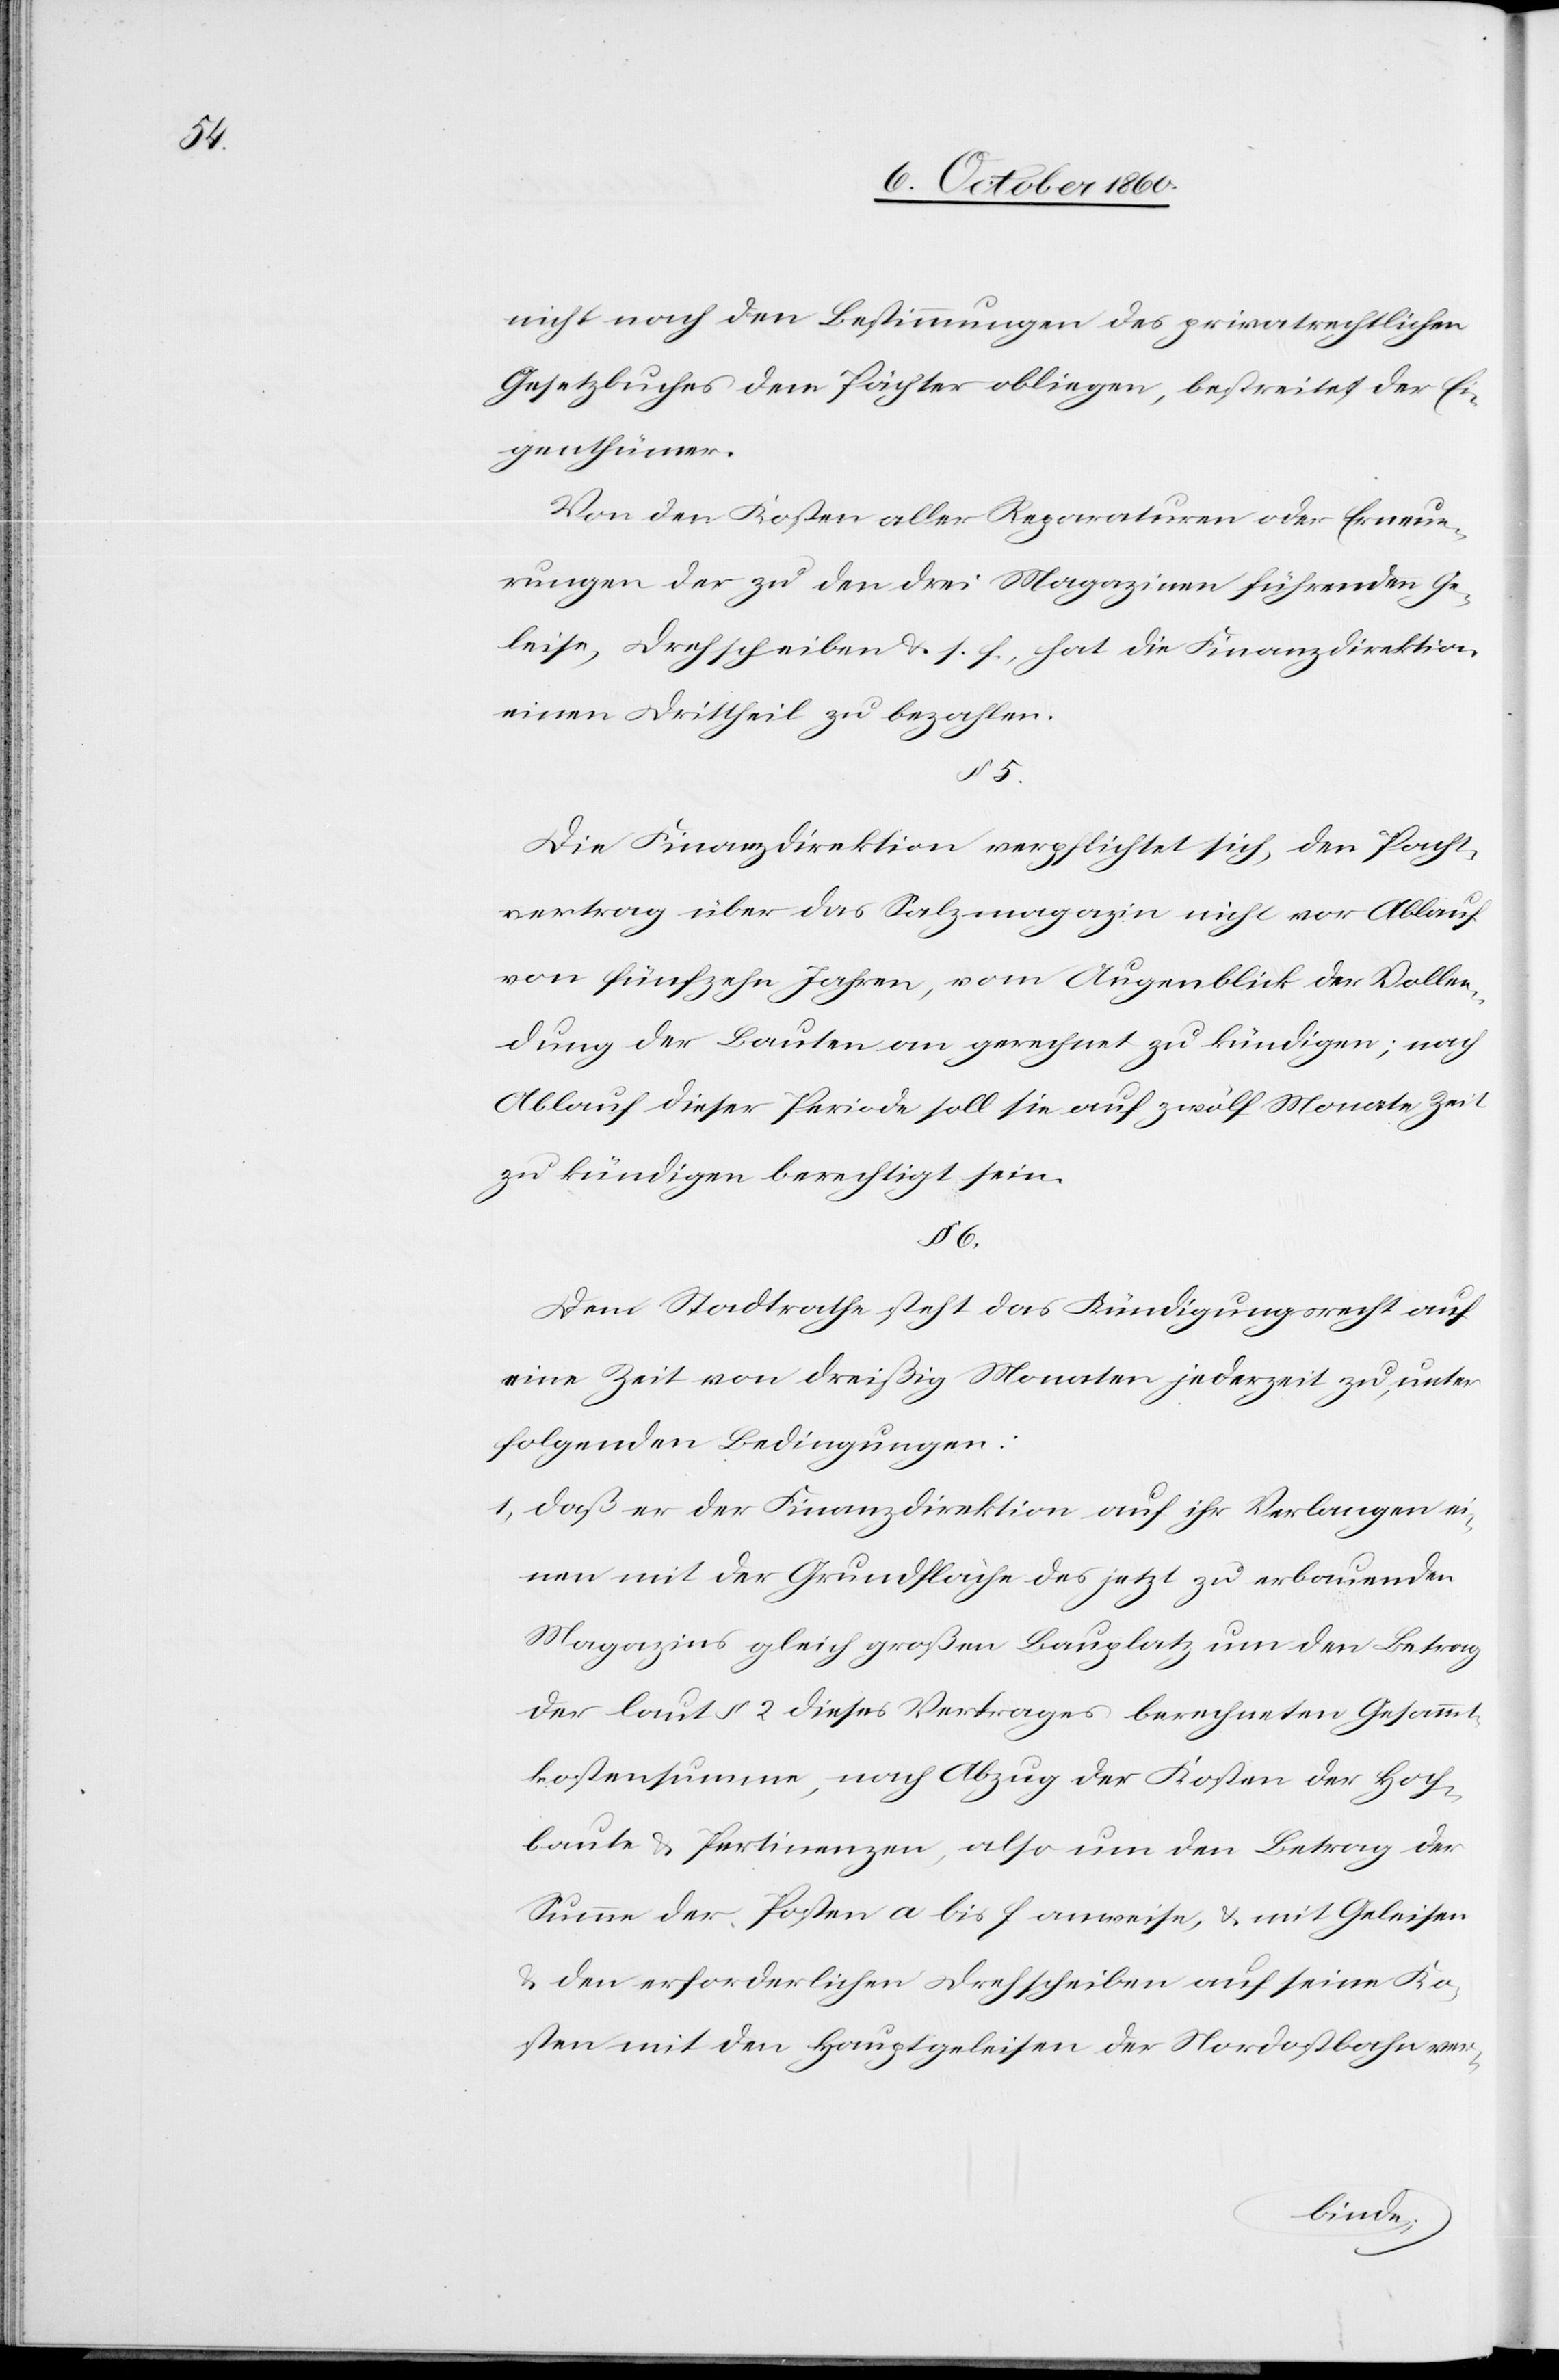
nicht nach den Bestimmungen des privatrechtlichen
Gesetzbuches dem Pächter obliegen, bestreitet der Ei¬
genthümer.
Von den Kosten aller Reparaturen oder Erneue¬
rungen der zu den drei Magazinen führenden Ge¬
leise, Drehscheiben u. s. f., hat die Finanzdirektion
einen Drittheil zu bezahlen.
§ 5
Die Finanzdirektion verpflichtet sich, den Pacht¬
vertrag über das Salzmagazin nicht vor Ablauf
von fünfzehn Jahren, vom Augenblick der Vollen¬
dung der Bauten an gerechnet zu kündigen; nach
Ablauf dieser Periode soll sie auf zwölf Monate Zeit
zu kündigen berechtigt sein.
§ 6
Dem Stadtrathe steht das Kündigungsrecht auf
eine Zeit von dreißig Monaten jederzeit zu, unter
folgenden Bedingungen:
1. daß er der Finanzdirektion auf ihr Verlangen ei¬
nen mit der Grundfläche des jetzt zu erbauenden
Magazins gleich großen Bauplatz um den Betrag
der laut § 2 dieses Vertrages berechneten Gesammt¬
kostensumme, nach Abzug der Kosten der Hoch¬
baute u. Pertinenzen, also um den Betrag der
Summe der Posten a bis f anweise, u. mit Geleisen
u. den erforderlichen Drehscheiben auf seine Ko¬
sten mit den Hauptgeleisen der Nordostbahn ver-